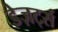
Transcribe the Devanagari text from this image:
डेज़र्ट्स